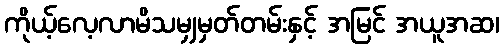
ကိုယ့်လေ့လာမိသမျှမှတ်တမ်းနှင့် အမြင် အယူအဆ၊